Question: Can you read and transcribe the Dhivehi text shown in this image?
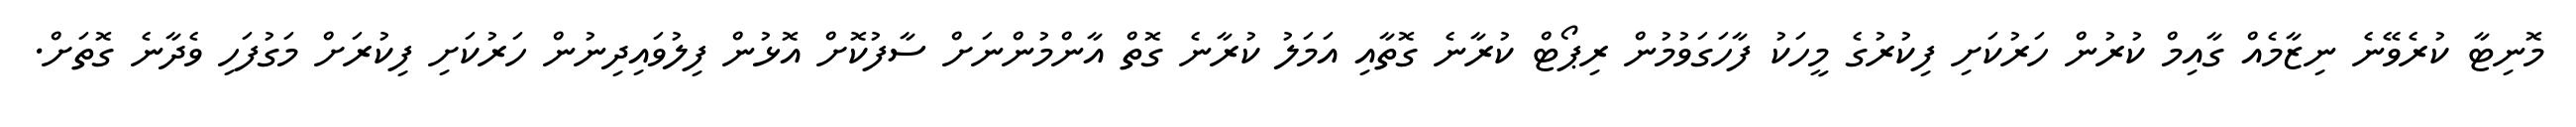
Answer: މޮނިޓާ ކުރެވޭނެ ނިޒާމެއް ގާއިމް ކުރުން ހަރުކަށި ފިކުރުގެ މީހަކު ފާހަގަވުމުން ރިޕޯޓް ކުރާނެ ގޮތާއި އަމަލު ކުރާނެ ގޮތް އާންމުންނަށް ސާފުކޮށް އޮޅުން ފިލުވައިދިނުން ހަރުކަށި ފިކުރަށް މަގުފަހި ވެދާނެ ގޮތަށް.